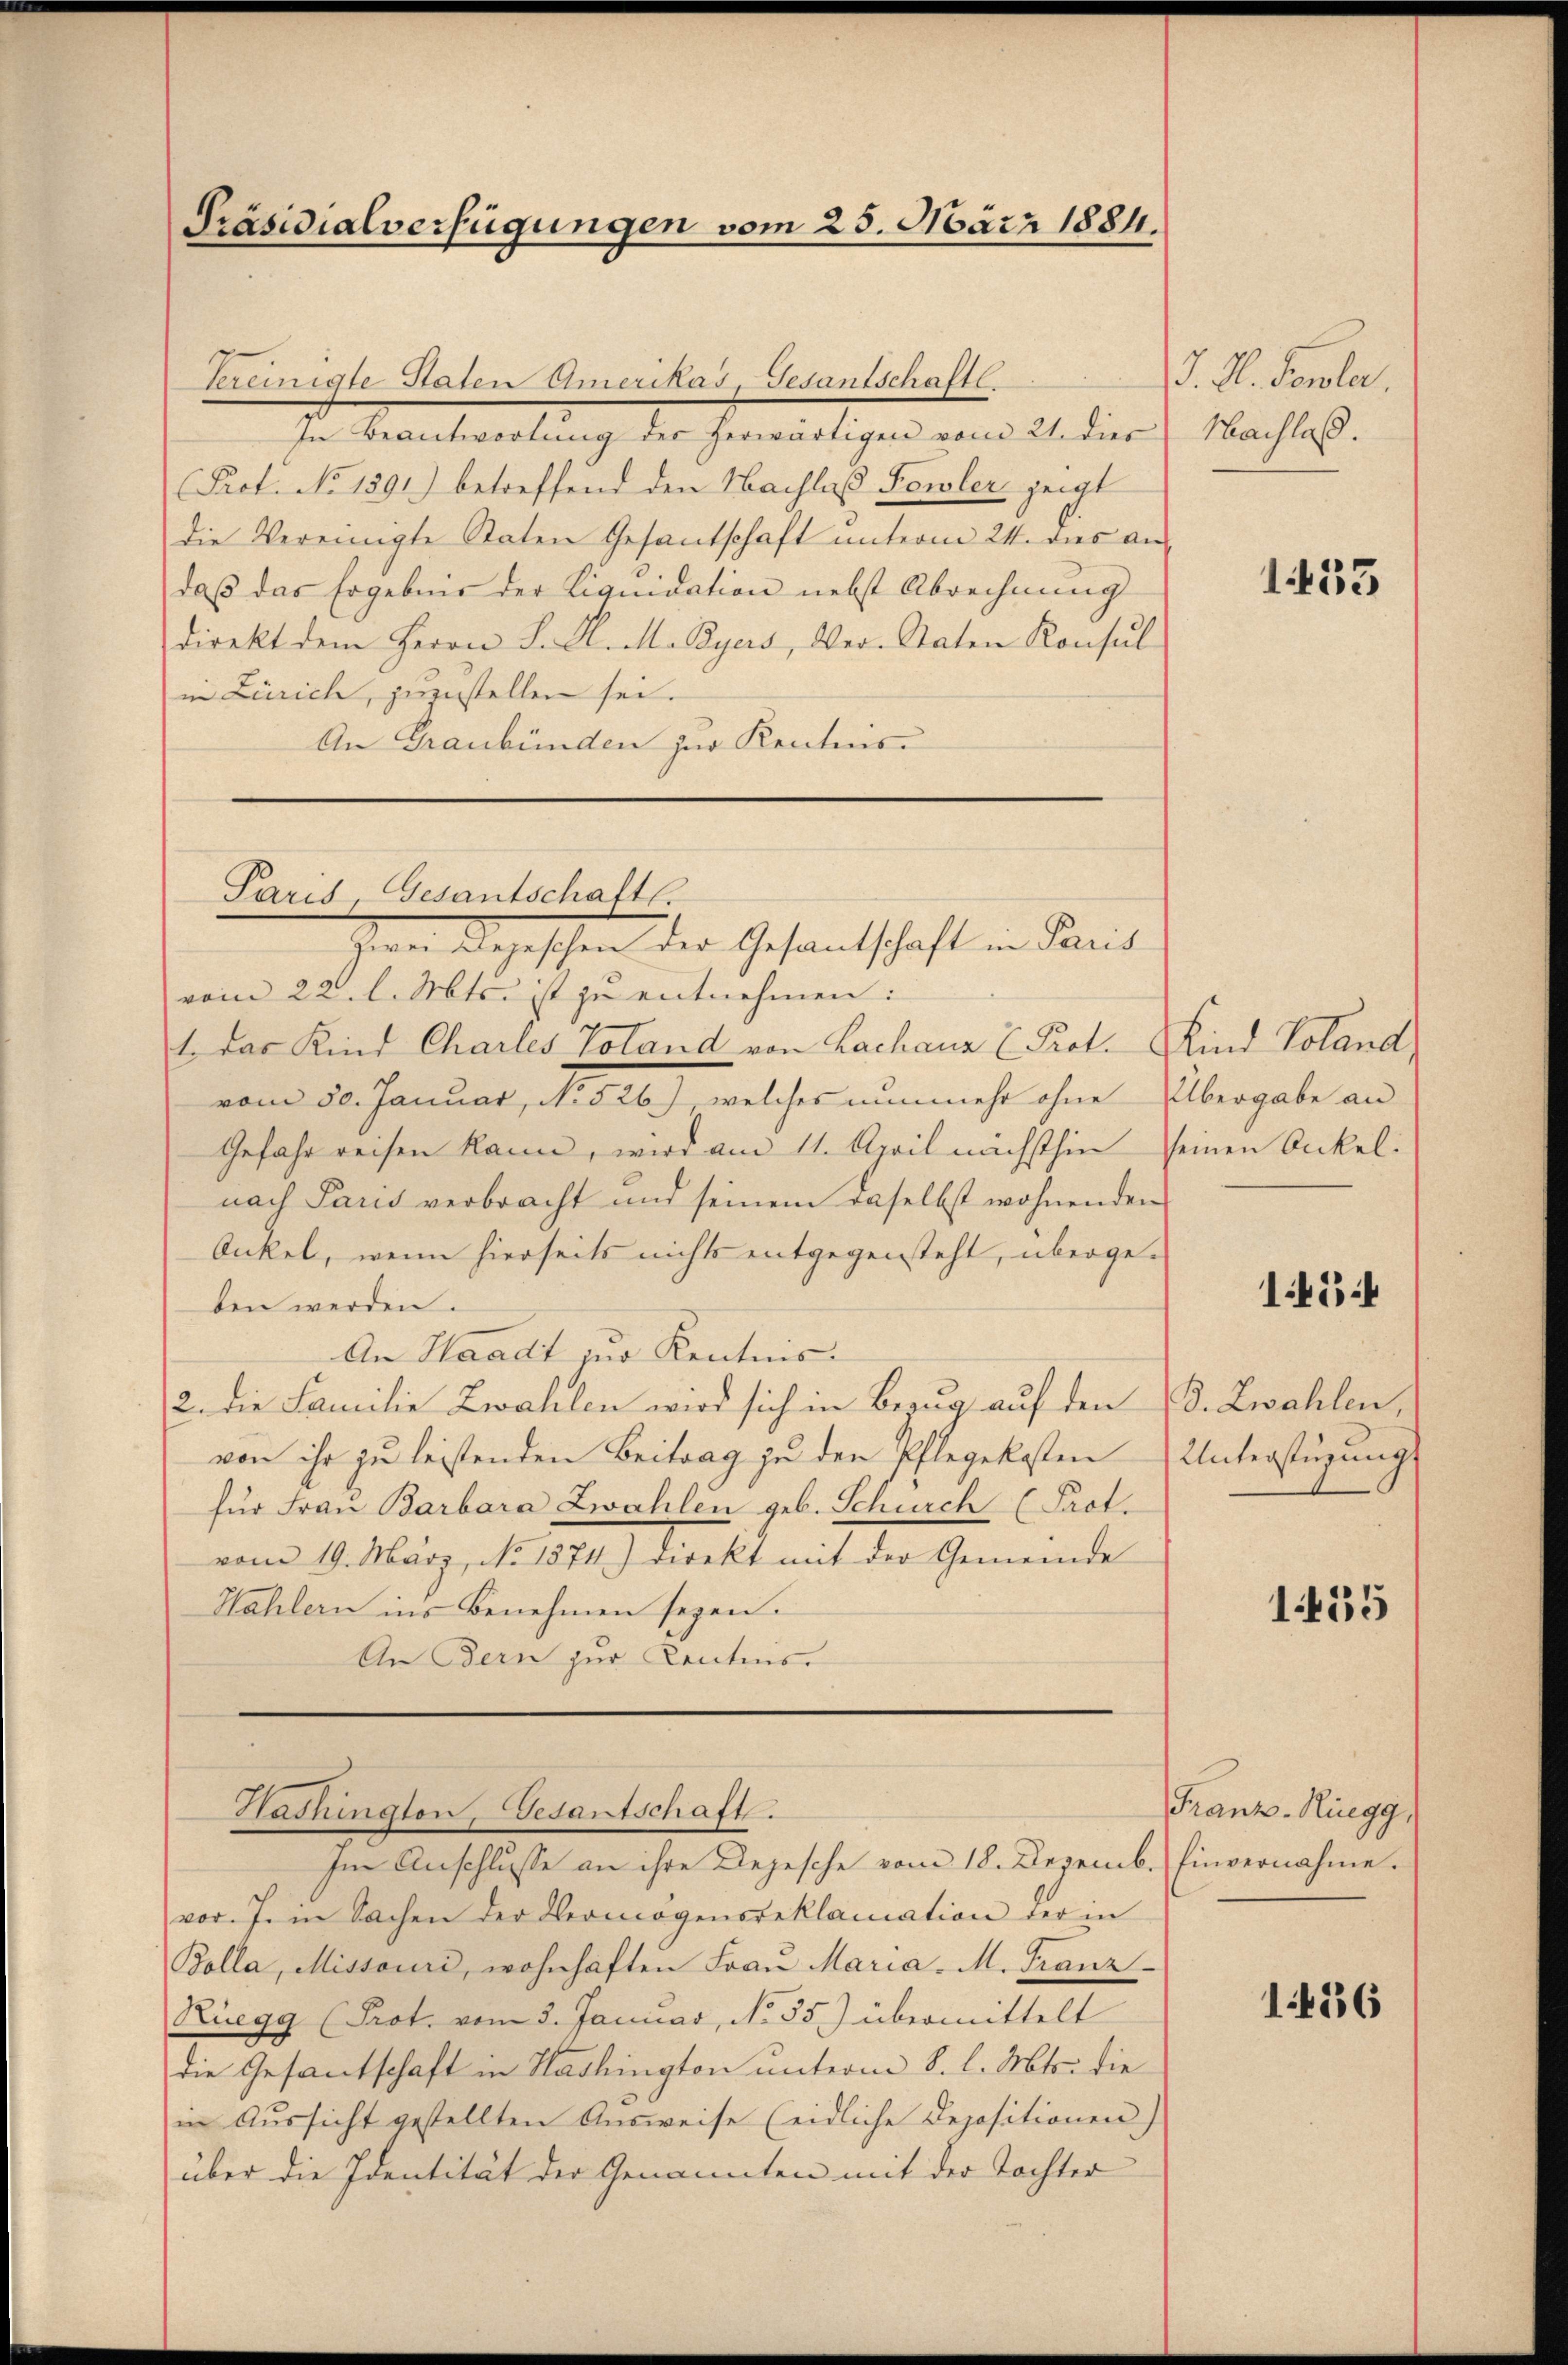
Präsidialverfügungen vom 25. März 1881.

Vereinigte Staten Amerikas, Gesantschaftl.
In Beantwortŭng des herwärtigen vom 21. dies
Prot. No 1391) betreffend den Nachlaß Fewler zeigt
die Vereinigte Staten Gesantschaft unterm 24. dies an
daβ das Ergebnis der Liquidation nebst Abrechnung
direkt dem Herrn J. K. M. Byers, Ver-Staten Konsul
in Zürich, zuzustellen sei.
An Graubünden zur Kenntnis

Paris, Gesantschafts-
zwei Depeschen der Gesantschaft in Paris

vom 22. l. Mts. ist zu entnehmen:
1 das Kind Charles Toland von Lachaus E. Prot. Kind Voland
vom 30. Januar, No 26), welches nunmehr ohne Übergabe an
Gefahr reisen kann, wird am 11. April nächsthin seinen Onkel-
nach Paris verbracht und seinem daselbst wohnenden
Onkel, wenn hierseits nichts entgegensteht, übergeben werden.
An Waadt zur Kenntnis¬
2. die Familie Zwahlen wird sich in Bezug auf den d. Zwahlen,
von ihr zu leistenden Beitrag zu den Pflegekosten
für Frau Barbara Zwahlen geb. Schurch (Pact.
vom 19. März, No 1874) direkt mit der Gemeinde
Hahlern ins Benehmen seyen.
An Bern zur Kentnis

vor. J. in Sachen der Vermögensreklamation der in
Bolla, Missonić, wohnhaften Frau Maria-M. Franz-
Rüegg (Prot. vom 3. Januar, No 35) übermittelt
die Gesantschaft in Washington unterm 8. l. Mts. die
in Aŭssicht gestellten Aŭsweise (eidliche Depositionen)
über die Identität der Genannten mit der Tochter

Washington, Gesantschaft.
Im Anschlusse an ihre Depesche vom 18. Dezemb. Einvernahme.

J. A. Sowola,
Nachlaß.

1433

1454

Unterstüzung

1455

Franz-Ringg,

1436